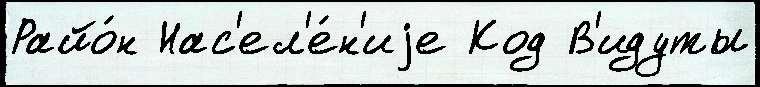
Райо́н Нас'ел'е́н'иjе Код В'идуты